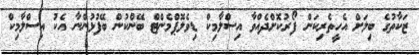
ޒަކާތުގެ ބިލަށް އެހީތެރިކަން ފޯރުކޮށްދެއްވާ އިސްލާމިކް ޑިވެލޮޕްމެންޓް ބޭންކުން ބޭފުޅުންނާ އެކު އިސްލާމިކް